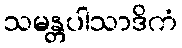
သမန္တပါသာဒိကံ